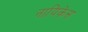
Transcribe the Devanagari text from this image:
नायिकेस